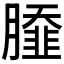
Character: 𦠿